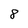
Character: 8